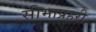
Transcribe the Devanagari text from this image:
सीमाप्रहरी